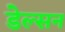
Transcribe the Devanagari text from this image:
डेल्सन